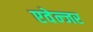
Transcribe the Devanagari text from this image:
एवेन्जर